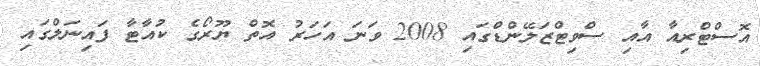
އޮސްޓްރިއާ އާއި ސްވިޓްޒަލޭންޑްގައި 2008 ވަނަ އަހަރު އޮތް ޔޫރޯގެ ކުއާޓާ ފައިނަލްގައި